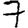
Digit: 7